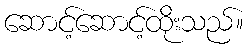
ဆောင့်ဆောင့်ထိုးသည်။